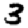
Digit: 3